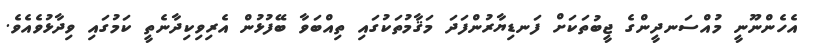
އެހެންނޫނީ މުއްސަނދީންގެ ޖީބުތަކަށް ފަނޑިޔާރުންފަދަ މަޤާމުތަކުގައި ތިއްބަވާ ބޭފުޅުން އެރިވިކިދާނެތީ ކަމުގައި ވިދާޅުވެއެވެ.